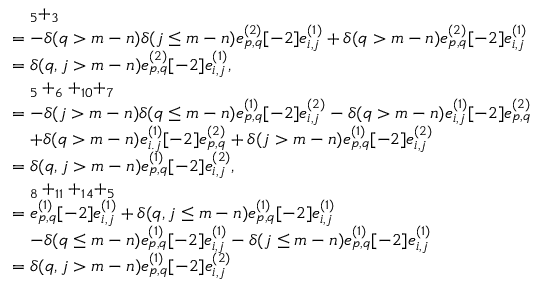
\begin{array} { r l } & { \quad _ { 5 } + _ { 3 } } \\ & { = - \delta ( q > m - n ) \delta ( j \leq m - n ) e _ { p , q } ^ { ( 2 ) } [ - 2 ] e _ { i , j } ^ { ( 1 ) } + \delta ( q > m - n ) e _ { p , q } ^ { ( 2 ) } [ - 2 ] e _ { i , j } ^ { ( 1 ) } } \\ & { = \delta ( q , j > m - n ) e _ { p , q } ^ { ( 2 ) } [ - 2 ] e _ { i , j } ^ { ( 1 ) } , } \\ & { \quad _ { 5 } + _ { 6 } + _ { 1 0 } + _ { 7 } } \\ & { = - \delta ( j > m - n ) \delta ( q \leq m - n ) e _ { p , q } ^ { ( 1 ) } [ - 2 ] e _ { i , j } ^ { ( 2 ) } - \delta ( q > m - n ) e _ { i , j } ^ { ( 1 ) } [ - 2 ] e _ { p , q } ^ { ( 2 ) } } \\ & { \quad + \delta ( q > m - n ) e _ { i . j } ^ { ( 1 ) } [ - 2 ] e _ { p , q } ^ { ( 2 ) } + \delta ( j > m - n ) e _ { p , q } ^ { ( 1 ) } [ - 2 ] e _ { i , j } ^ { ( 2 ) } } \\ & { = \delta ( q , j > m - n ) e _ { p , q } ^ { ( 1 ) } [ - 2 ] e _ { i , j } ^ { ( 2 ) } , } \\ & { \quad _ { 8 } + _ { 1 1 } + _ { 1 4 } + _ { 5 } } \\ & { = e _ { p , q } ^ { ( 1 ) } [ - 2 ] e _ { i , j } ^ { ( 1 ) } + \delta ( q , j \leq m - n ) e _ { p , q } ^ { ( 1 ) } [ - 2 ] e _ { i , j } ^ { ( 1 ) } } \\ & { \quad - \delta ( q \leq m - n ) e _ { p , q } ^ { ( 1 ) } [ - 2 ] e _ { i , j } ^ { ( 1 ) } - \delta ( j \leq m - n ) e _ { p , q } ^ { ( 1 ) } [ - 2 ] e _ { i , j } ^ { ( 1 ) } } \\ & { = \delta ( q , j > m - n ) e _ { p , q } ^ { ( 1 ) } [ - 2 ] e _ { i , j } ^ { ( 2 ) } } \end{array}